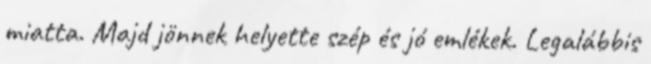
miatta. Majd jönnek helyette szép és jó emlékek. Legalábbis